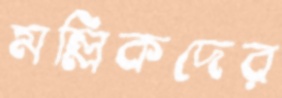
মল্লিকদের